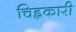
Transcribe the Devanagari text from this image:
चिह्नकारी